Civil Veterinary Department Bihar reports 1936-40 - 1936-1940
Year: 1936
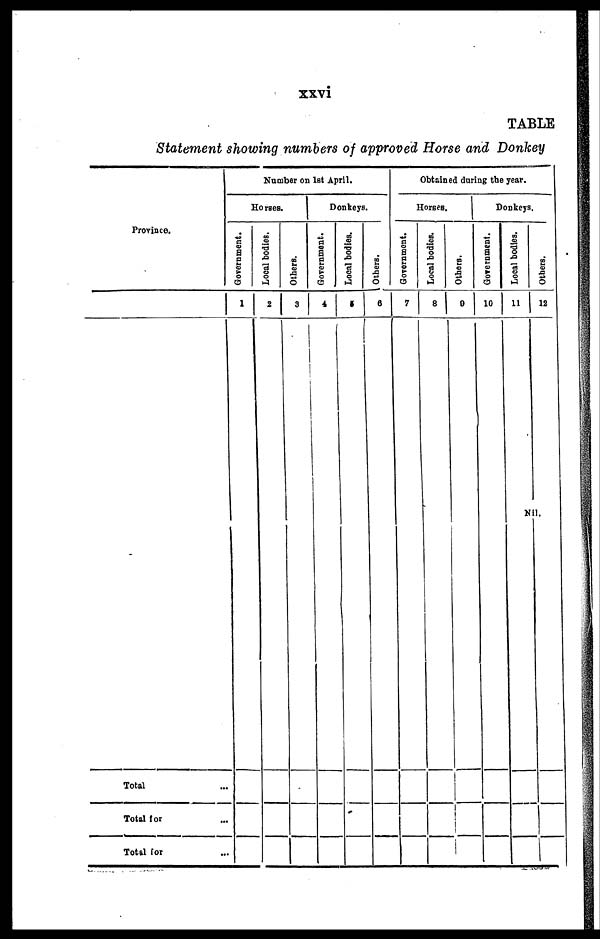
xxvi
TABLE
Statement showing numbers of approved Horse and Donkey
Province.
Total
Total for
...
Total (or
Number on 1st April.
Horses.
Government.
1
Local bodies.
2
Others.
3
Donkeys.
Government.
4
Local bodies.
5
Others.
8
Obtained during the year.
Horses.
Government.
7
Local bodies.
8
Others.
0
Donkeys.
Government.
10
Local bodies.
11
Others.
12
Nil.